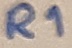
Text: R1